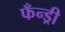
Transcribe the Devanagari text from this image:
फँन्ड्री